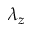
\lambda _ { z }